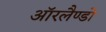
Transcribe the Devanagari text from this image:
ऑरलैण्डो